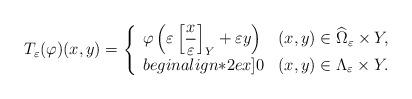
LaTeX: \begin{align*}T_{\varepsilon}(\varphi)(x,y)=\left\{\begin{array}[c]{ll}\varphi\left( \varepsilon\left[ \dfrac{x}{\varepsilon}\right] _{Y}+\varepsilon y \right) & (x,y)\in\widehat\Omega_{\varepsilon}\times Y,\\begin{align*}2ex]0 & (x,y)\in\Lambda_{\varepsilon}\times Y.\end{array}\right.\end{align*}